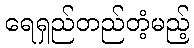
ရေရှည်တည်တံ့မည့်